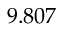
9 . 8 0 7